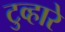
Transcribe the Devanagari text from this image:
टुव्हारे